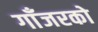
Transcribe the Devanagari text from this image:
गाँजरको